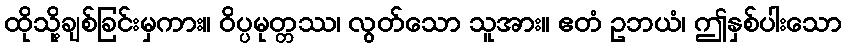
ထိုသို့ချစ်ခြင်းမှကား။ ဝိပ္ပမုတ္တဿ၊ လွတ်သော သူအား။ ဧတံ ဥဘယံ၊ ဤနှစ်ပါးသော